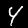
Digit: 4